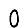
Digit: 0